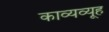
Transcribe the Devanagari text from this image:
काव्यव्यूह